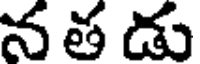
న త డు